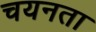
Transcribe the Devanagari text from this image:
चयनता